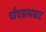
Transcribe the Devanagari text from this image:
चौघडासम्राट